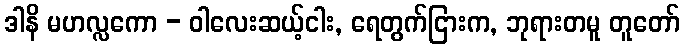
ဒါနိ မဟလ္လကော - ဝါလေးဆယ့်ငါး, ရေတွက်ငြားက, ဘုရားတမူ တူတော်